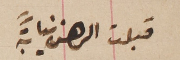
قبلت الرهن نيابةً